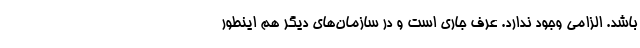
باشد. الزامی وجود ندارد. عرف جاری است و در سازمان‌های دیگر هم اینطور